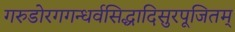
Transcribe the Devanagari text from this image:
गरुडोरगगन्धर्वसिद्धादिसुरपूजितम्